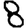
Digit: 8